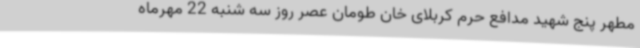
مطهر پنج شهید مدافع حرم کربلای خان طومان عصر روز سه شنبه 22 مهرماه